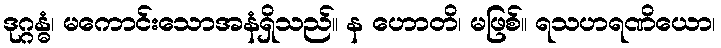
ဒုဂ္ဂန္ဓံ၊ မကောင်းသောအနံရှိသည်။ န ဟောတိ၊ မဖြစ်။ ရသဟရဏိယော၊